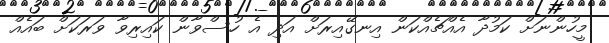
މީހުންނަށް ކަމުދާ އެއްޗެއްކަން އިނގޭއިރަށް އަދި އެ ހުސްވާން ކައިރިވާ ވަރަކަށް ބައެއް